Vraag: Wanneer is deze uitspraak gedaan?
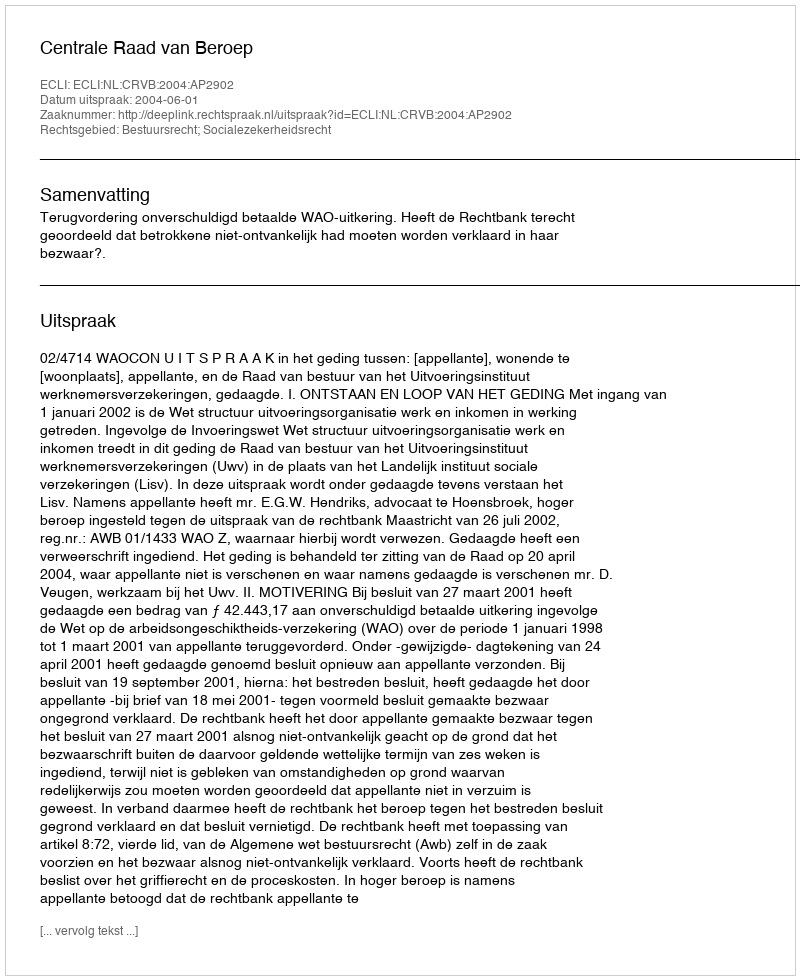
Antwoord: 2004-06-01